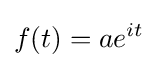
f(t)=ae^{it}